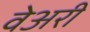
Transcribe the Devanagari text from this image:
वेअरी